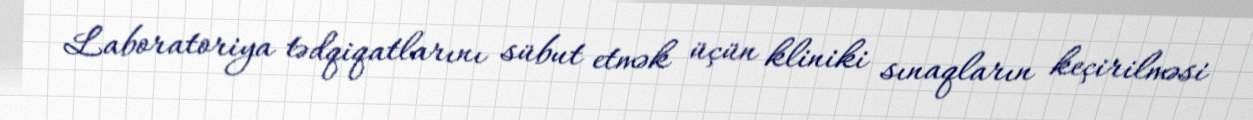
Laboratoriya tədqiqatlarını sübut etmək üçün kliniki sınaqların keçirilməsi